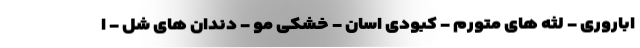
اباروری - لثه های متورم - کبودی اسان - خشکی مو - دندان های شل - ا